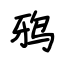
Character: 鸦